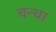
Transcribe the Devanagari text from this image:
चन्था